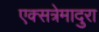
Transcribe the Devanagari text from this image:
एक्सत्रेमादुरा